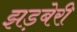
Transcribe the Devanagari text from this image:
झड़बेरी